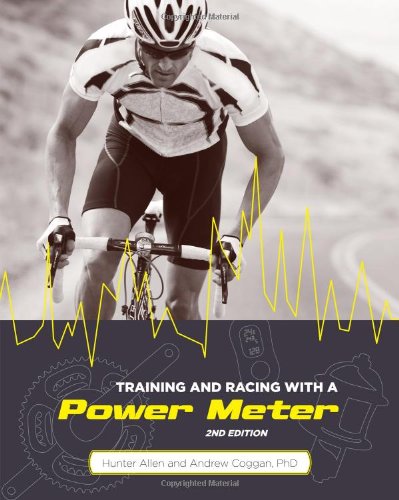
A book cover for Training and Racing with a Power Meter, 2nd Ed.; Hunter Allen; Health, Fitness & Dieting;